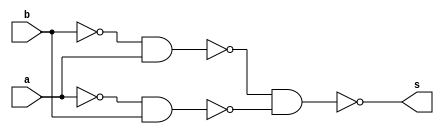
// ------------------------- 
// Exemplo_0506 - GATES 
// Nome: Larissa Domingues Gomes 
// ------------------------- 

module f5a(output s, input  a, input  b); // definir dado Local
    wire x,y,z,w;

    nand (x,b,b);
    nand (y,x,a);   
    nand (z,a,a);
    nand (w,z,b);
    nand (s,y,w);
endmodule // f5 

module f5b(output s, input  a, input  b ); // descrever por expressao
   assign s = a^b;
endmodule // f5b

module test_f5; 

// ------------------------- definir dados  
   reg  x; 
   reg  y;  
   wire a, b; 
   
   f5a moduloA ( a, x, y );
   f5b moduloB ( b, x, y ); 
 
// ------------------------- parte principal 
 
initial    begin : main  
   $display("Exemplo_0506 - Larissa Domingues Gomes - 650525");
   $display("Test module");
   $display("   x    y    a    b"); 
 
    // projetar testes do modulo
   $monitor("%4b %4b %4b %4b", x, y, a, b);    
   x = 1'b0;  y = 1'b0;
   #1  x = 1'b0;  y = 1'b1;    
   #1  x = 1'b1;  y = 1'b0;    
   #1  x = 1'b1;  y = 1'b1; 
 
   end 
 
endmodule // test_f5